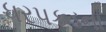
ધરપકડના